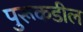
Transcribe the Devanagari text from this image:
पुरूकडील